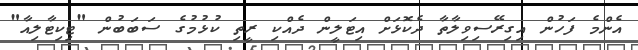
އެންމެ ފަހުން އިގިރޭސިވިލާތާ ދެކޮޅަށް އިޓަލީން ދެއްކި ރީތި ކުޅުމުގެ ސަބަބުން "ޓިކިޓާލިއާ"